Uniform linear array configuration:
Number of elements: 16
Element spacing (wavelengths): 0.75
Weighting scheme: exponential
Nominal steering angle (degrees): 60
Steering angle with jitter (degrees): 60.503
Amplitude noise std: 0.05
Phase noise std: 0.05

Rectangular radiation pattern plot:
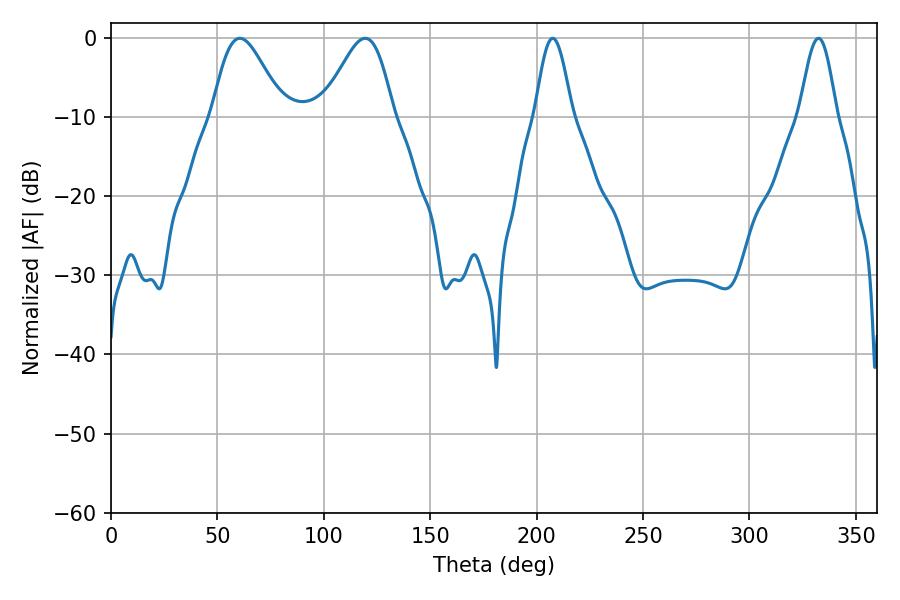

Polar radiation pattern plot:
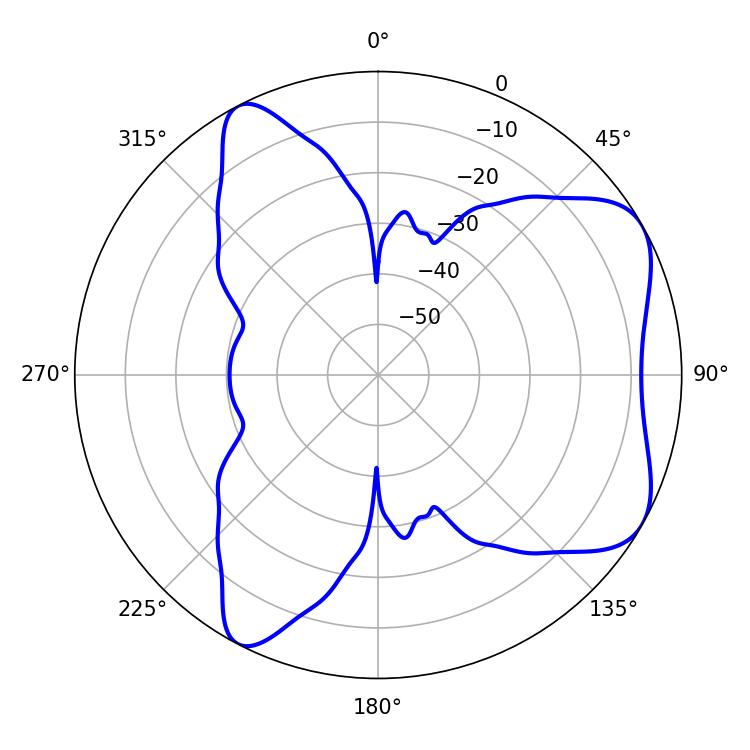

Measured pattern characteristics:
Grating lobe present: TRUE
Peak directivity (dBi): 6.243
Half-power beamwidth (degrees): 9.18
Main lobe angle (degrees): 207.54